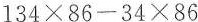
$$1 3 4 \times 8 6 - 3 4 \times 8 6$$